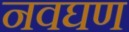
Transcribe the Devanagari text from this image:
नवघण